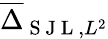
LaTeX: \overline{{\Delta}}_{\mathrm{~S~J~L~},L^{2}}